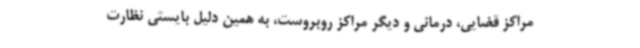
مراکز قضایی، درمانی و دیگر مراکز روبروست، به همین دلیل بایستی نظارت